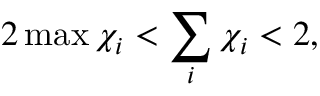
2 \operatorname* { m a x } { \chi _ { i } } < \sum _ { i } \chi _ { i } < 2 ,